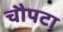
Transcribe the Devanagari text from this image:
चौपटा